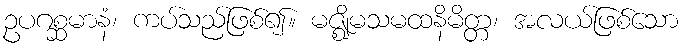
ဥပဂစ္ဆမာနံ၊ ကပ်သည်ဖြစ်၍။ မဇ္ဈိမသမထနိမိတ္တ၊ အလယ်ဖြစ်သော